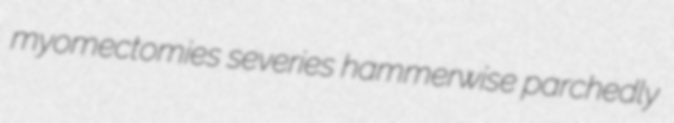
myomectomies severies hammerwise parchedly